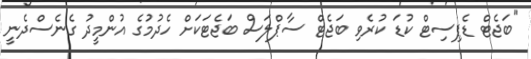
"ބަޖެޓް ޑެޕިސިޓް ކުޑަ ކުރެވި ބަޖެޓް ސާޕްލަސް ބަޖެޓަކަށް ހެދުމުގެ އުންމީދު ގެނެސްދެނީ